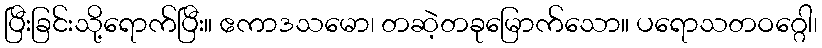
ပြီးခြင်းသို့ရောက်ပြီး။ ဧကာဒသမော၊ တဆဲ့တခုမြောက်သော။ ပရောသတဝဂ္ဂေါ၊